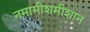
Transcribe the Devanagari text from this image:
नमामीशमीशान